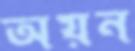
অয়ন